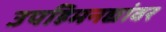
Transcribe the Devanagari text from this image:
उपहिमनद्यांवर